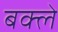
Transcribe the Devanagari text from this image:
बक्ले